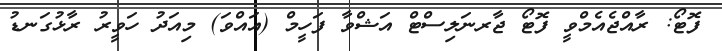
ފޮޓޯ: ރާއްޖެއެމްވީ ފޮޓޯ ޖާރނަލިސްޓް އަޝްވާ ފަހީމް (އައްވަ) މިއަދު ހަވީރު ރާޅުގަނޑު